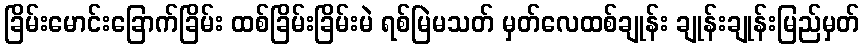
ခြိမ်းမောင်းခြောက်ခြိမ်း ထစ်ခြိမ်းခြိမ်းမဲ ရစ်မြဲမသတ် မှတ်လေထစ်ချုန်း ချုန်းချုန်းမြည်မှတ်